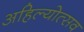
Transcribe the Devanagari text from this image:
अहिल्योत्सव